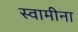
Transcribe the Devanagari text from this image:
स्वामीना